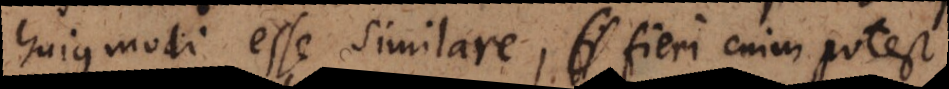
hujusmodi esse similare, fieri enim potest